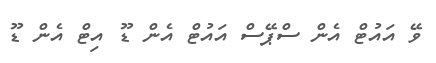
ވޭ އައުޓް އެން ސްޕޭސް އައުޓް އެން ޑޫ އިޓް އެން ޑޫ